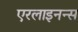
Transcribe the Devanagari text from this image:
एरलाइनन्स